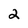
Character: 2